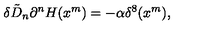
\delta \tilde { D } _ { n } \partial ^ { n } H ( x ^ { m } ) = - \alpha \delta ^ { 8 } ( x ^ { m } ) ,